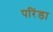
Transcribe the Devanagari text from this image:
परिंडा